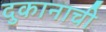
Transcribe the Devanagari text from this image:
दुकानाची